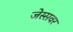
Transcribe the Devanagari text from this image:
जेस्सवर